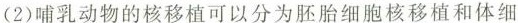
(2)哺乳动物的核植可以分为胚胎细胞核移植和体细